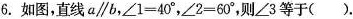
6.如图，直线a \parallel b，∠1=40°，∠2=60°，则∠3等于().